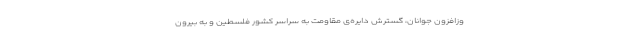
وزافزون جوانان، گسترش دایره‌ی مقاومت به سراسر کشور فلسطین و به بیرون